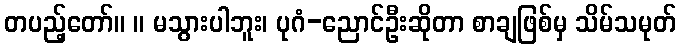
တပည့်တော်။ ။ မသွားပါဘူး၊ ပုဂံ-ညောင်ဦးဆိုတာ စာချဖြစ်မှ သိမ်သမုတ်